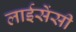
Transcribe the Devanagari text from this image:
लाईसेंसी